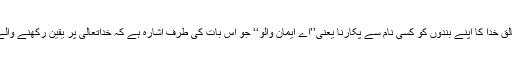
پہلی سطح میں خالق خدا کا اپنے بندوں کو کسی نام سے پکارنا یعنی’’اے ایمان والو‘‘ جو اس بات کی طرف اشارہ ہے کہ خداتعالیٰ پر یقین رکھنے والے ایمان والے ہیں۔